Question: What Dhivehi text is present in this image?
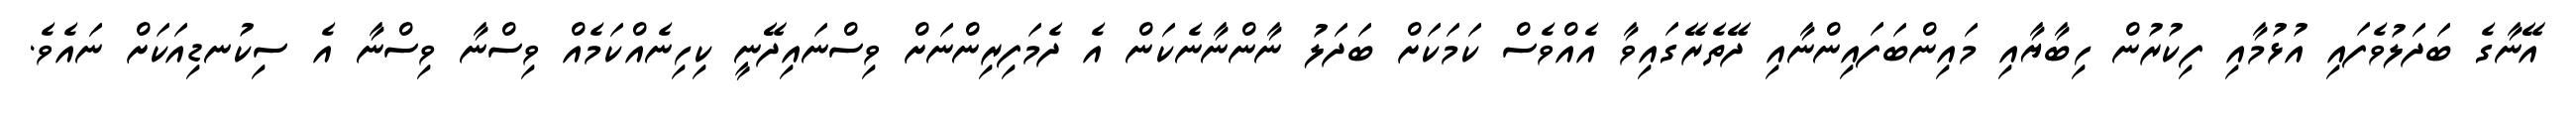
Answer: އޭނާގެ ބަދަލުވެފައި އުޅުމާއި ފިކުރުން ހިބާޔާއި މައިންބަފައިންނާއި ދޭތެރޭގައިވާ އެއްވެސް ކަމަކަށް ބަދަލު ނާންނާނެކަން އެ ދެމަފިރިންނަށް ވިސްނައިދޭނީ ކިހިނެއްކަމެއް ވިސްނާ ވިސްނާ އެ ސިކުނޑިއަކަށް ނައެވެ.